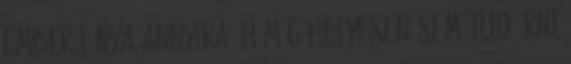
ember lánya annyira, h még helyesen sem tud írni